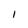
Character: I